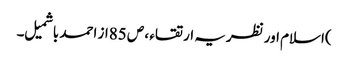
)اسلام اور نظریہ ارتقاء ، ص 85از احمد باشمیل ۔